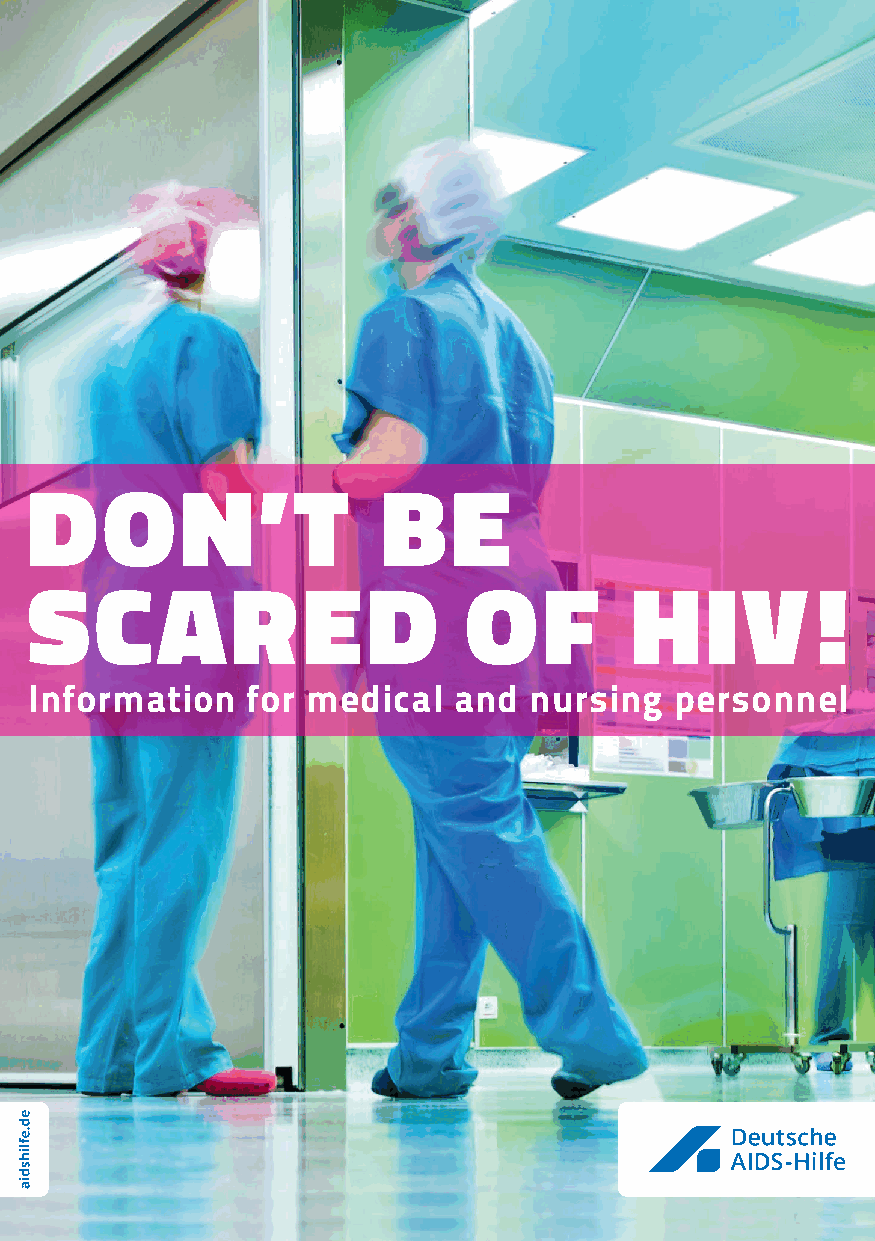
Don’t                  be
 scareD                       of         HIV         !
 Information   for medical   and  nursing   personnel
 1